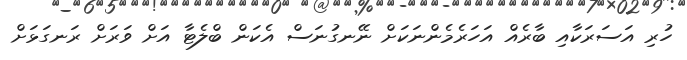
ހުރި އަސަރަކާއި ބާރެއް އަހަރެމެންނަކަށް ނޭނގުނަސް އެކަން ބްލެޓާ އަށް ވަރަށް ރަނގަޅަށް